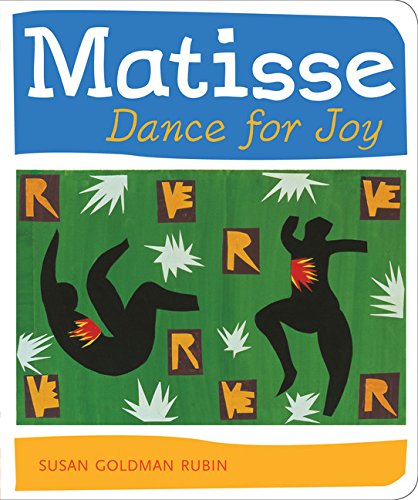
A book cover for Matisse Dance for Joy; Susan Goldman Rubin; Children's Books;